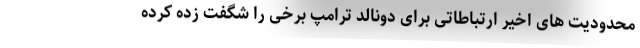
محدودیت های اخیر ارتباطاتی برای دونالد ترامپ برخی را شگفت زده کرده